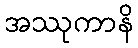
အဿုကာနိ